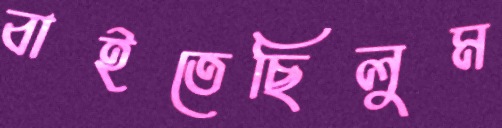
বাইতেছিলুম